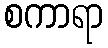
စကာရာ